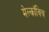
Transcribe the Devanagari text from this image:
मेल्काॅविच